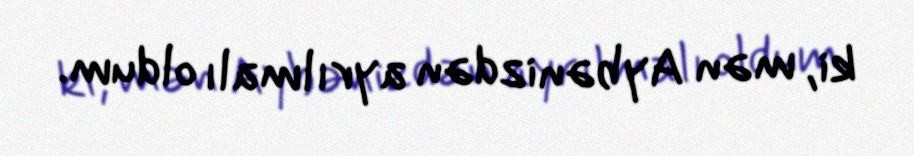
ki, mən Aybənizdən ayrılmalı oldum.